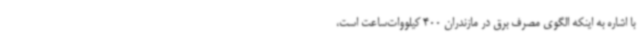
با اشاره به اینکه الگوی مصرف برق در مازندران 400 کیلووات‌ساعت است،